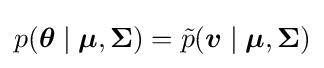
p({\boldsymbol {\theta }}\mid {\boldsymbol {\mu }},{\boldsymbol {\Sigma }})={\tilde {p}}({\boldsymbol {v}}\mid {\boldsymbol {\mu }},{\boldsymbol {\Sigma }})